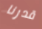
قدرنا